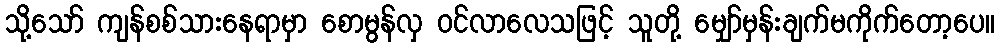
သို့သော် ကျန်စစ်သားနေရာမှာ စောမွန်လှ ဝင်လာလေသဖြင့် သူတို့ မျှော်မှန်းချက်မကိုက်တော့ပေ။